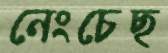
নেংচেছ